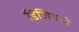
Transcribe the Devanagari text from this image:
डिजियनी